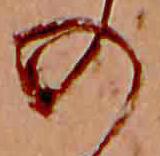
の